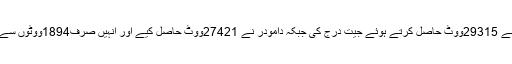
اس انتخاب میں آر این نائک نے 29315ووٹ حاصل کرتے ہوئے جیت درج کی جبکہ دامودر نے 27421ووٹ حاصل کیے اور انہیں صرف1894ووٹوں سے شکست کا منھ دیکھنا پڑاتھا۔